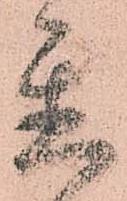
置